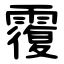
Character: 䨱